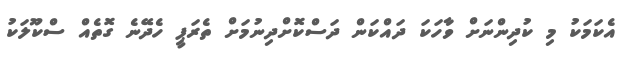
އެކަމަކު މި ކުދިންނަށް ވާހަކަ ދައްކަން ދަސްކޮށްދިނުމަށް ތެރަޕީ ހެދޭނެ ގޮތެއް ސްކޫލަކު